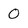
Character: 0